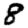
Digit: 8